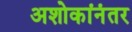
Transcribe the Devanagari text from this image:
अशोकांनंतर